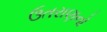
ઉતરાણનો